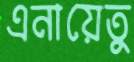
এনায়েতু